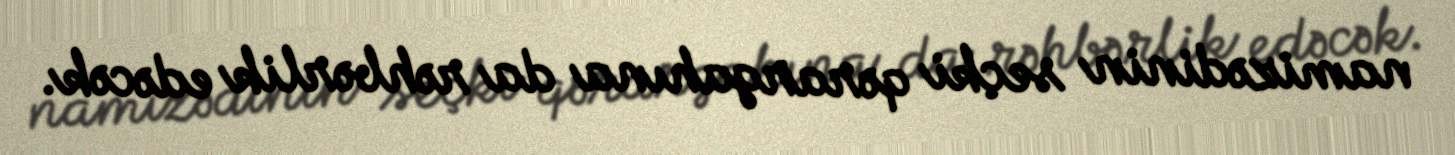
namizədinin seçki qərargahına da rəhbərlik edəcək.